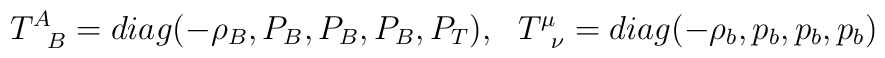
T^A_{\phantom{A}B}=diag(-\rho_B,P_B,P_B,P_B,P_T),~~ T^{\mu}_{\phantom{\mu}\nu}=diag(-\rho_b,p_b,p_b,p_b)